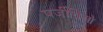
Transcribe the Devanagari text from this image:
पर्जीविओं